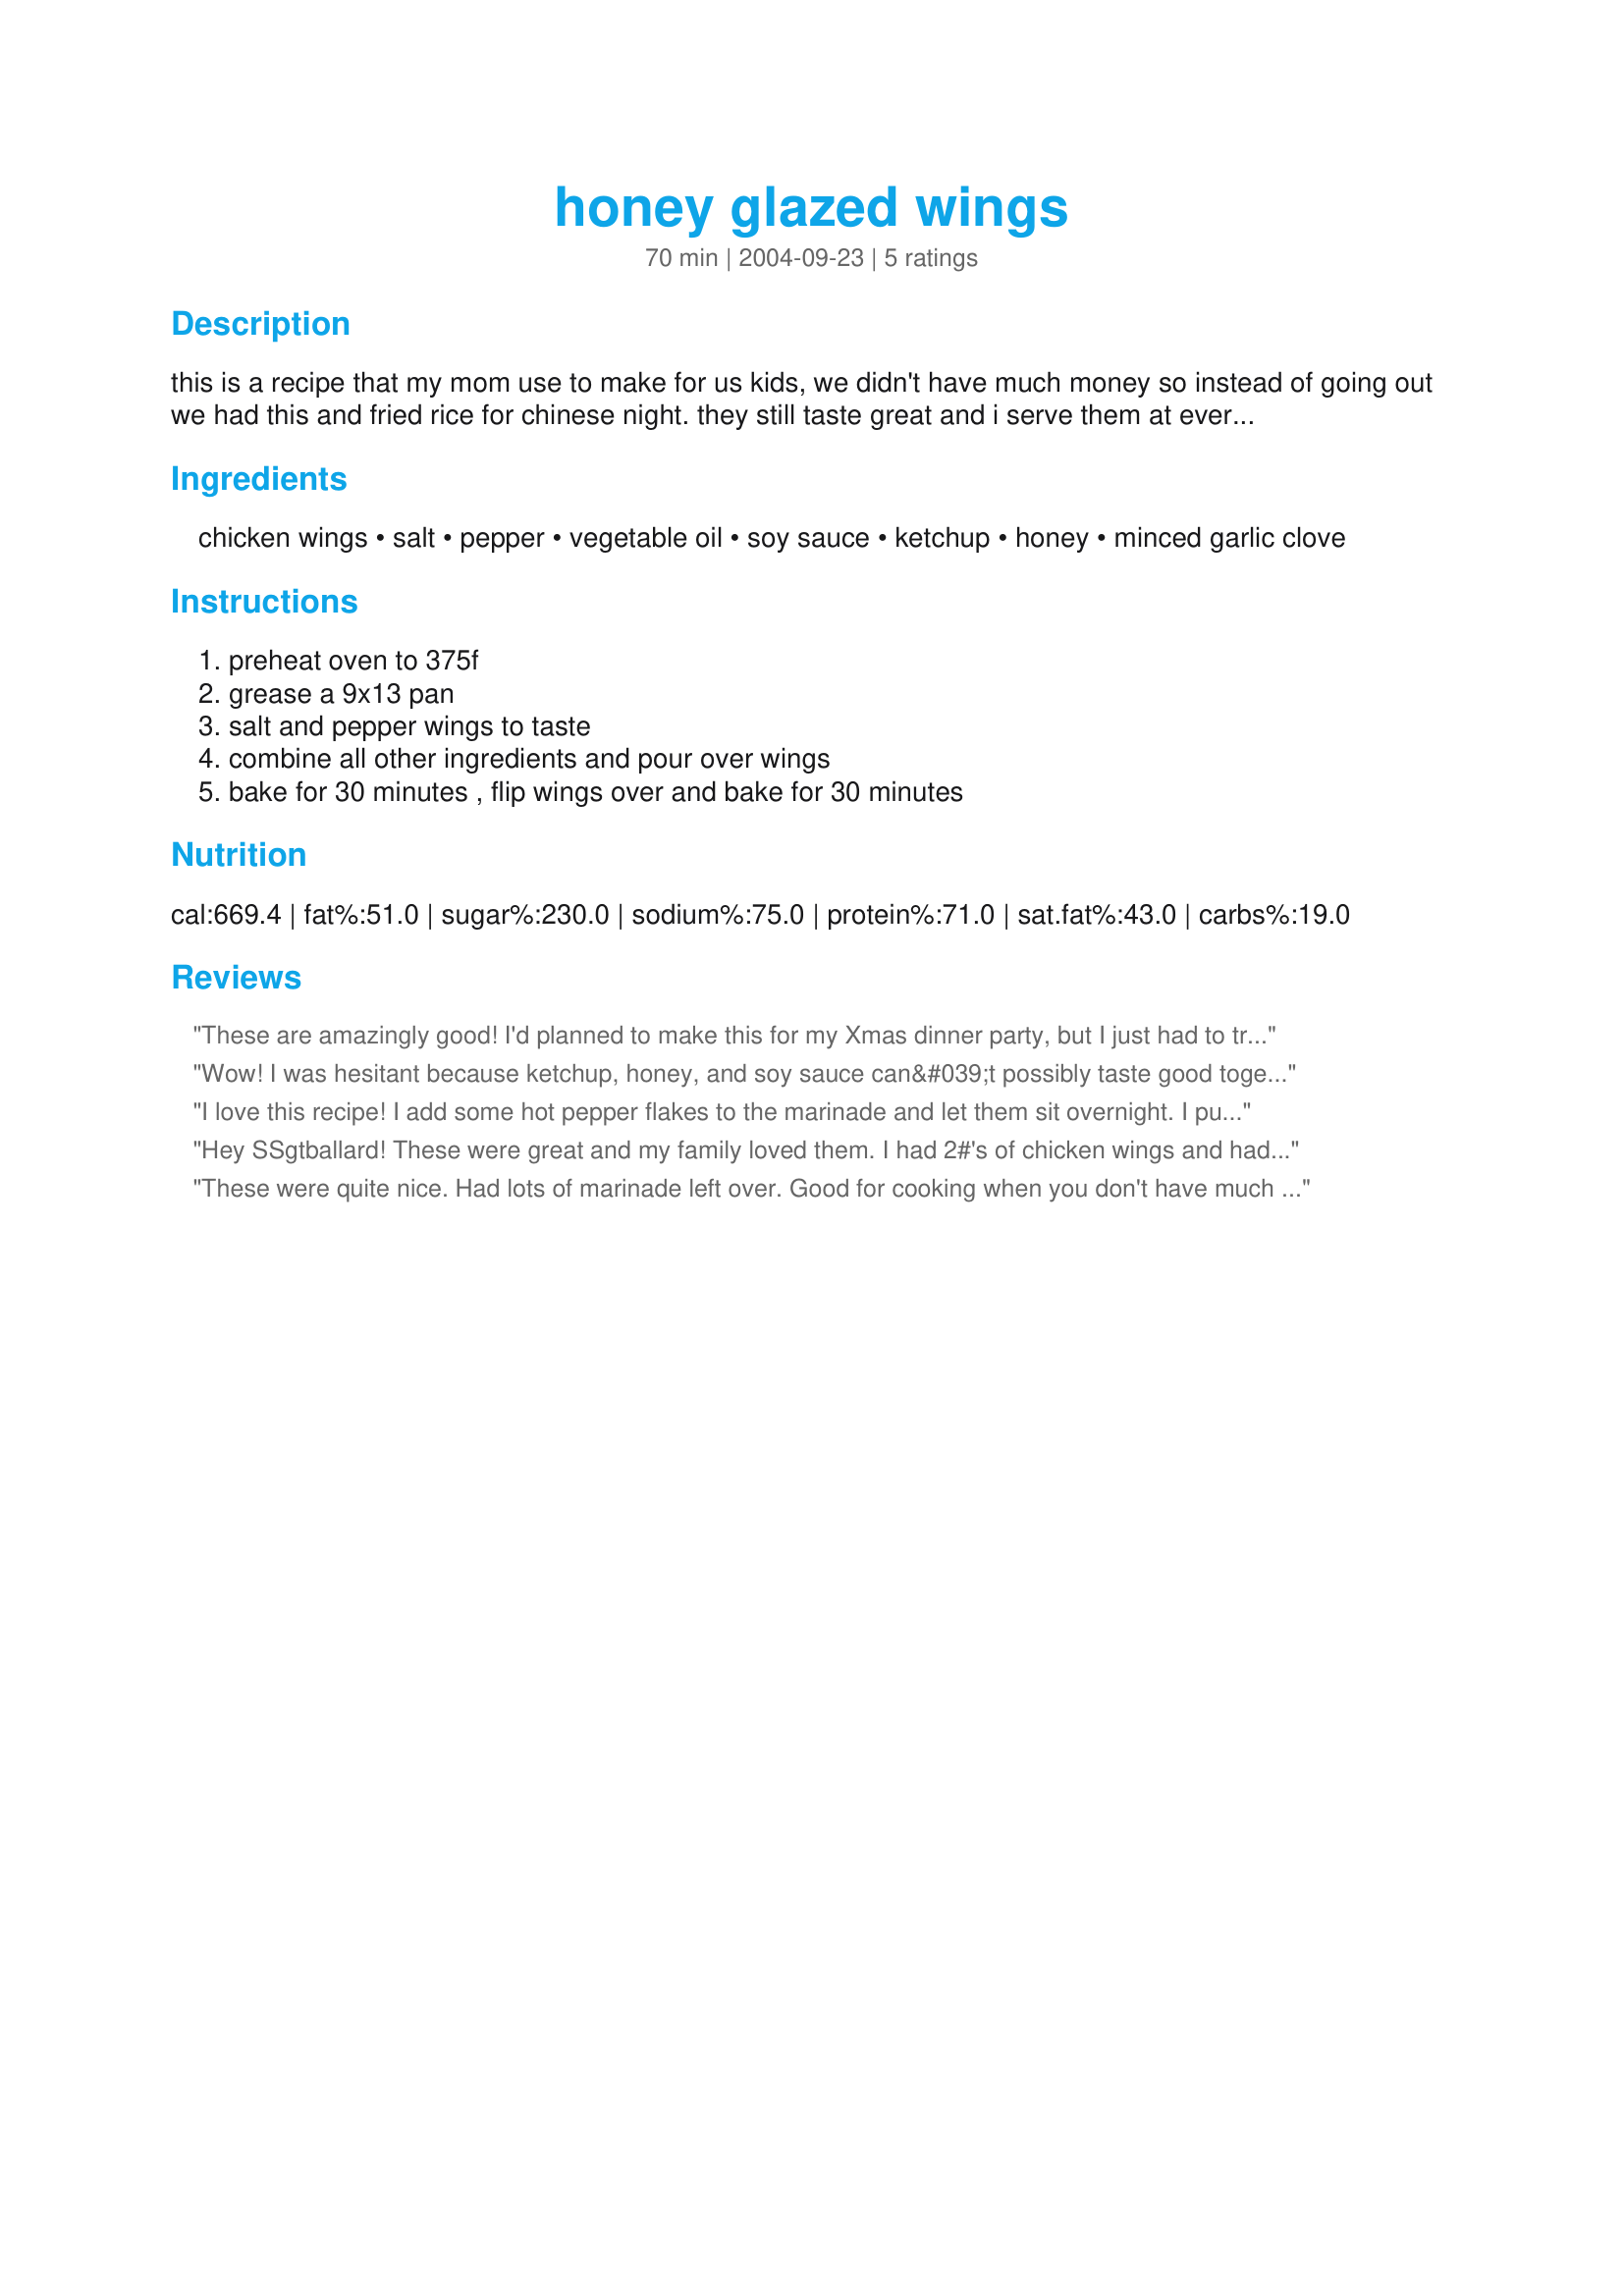
honey glazed wings
Preparation time: 70 minutes

this is a recipe that my mom use to make for us kids, we didn't have much money so instead of going out we had this and fried rice for chinese night. they still taste great and i serve them at every party i have or go to. hope you enjoy.

Ingredients:
chicken wings, salt, pepper, vegetable oil, soy sauce, ketchup, honey, minced garlic clove

Steps:
preheat oven to 375f, grease a 9x13 pan, salt and pepper wings to taste, combine all other ingredients and pour over wings, bake for 30 minutes , flip wings over and bake for 30 minutes

Reviews:
These are amazingly good! I'd planned to make this for my Xmas dinner party, but I just had to try it before serving to my guests. I used chicken drumlets only and marinated them in the sauce mixture for 8 hours. Baked them 20mins each side and finished in the oven with "grill" function. They got slightly charred, which I love! I also simmered the marinade/sauce in a saucepan, and reduced it to a sticky glaze. When the wings were ready from the oven (5 mins under broiler, skin side up), I tossed them in the reduced sauce. Beautiful sticky wings! Thanks for the recipe. By the way, I added 1 tsp 5-spice powder and 1 tsp ground ginger to the marinade.
Wow! I was hesitant because ketchup, honey, and soy sauce can&#039;t possibly taste good together. I was so wrong! They&#039;re excellent and I can&#039;t wait to buy more honey because I just used it all up! ?
I love this recipe! I add some hot pepper flakes to the marinade and let them sit overnight. I put the sauce in a pan and reduce it to a sticky mess and after baking and charring the wings I put them in the reduced sauce and stir them up. Lots of napkins are needed. This recipe is great on ribs too!
Hey SSgtballard! These were great and my family loved them. I had 2#'s of chicken wings and had plenty of sauce. I was out of fresh garlic so I substituted with a teaspoon of garlic powder. I served them with lo-mein noodles for an easy meal but I will definitely use this recipe for a party tray. Thanks for sharing!

These were quite nice. Had lots of marinade left over. Good for cooking when you don't have much time and don't have time to marinade wings for hours/overnight.
